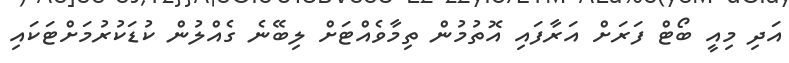
އަދި މިއީ ބޯޓް ފަރަށް އަރާފައި އޮތުމުން ތިމާވެއްޓަށް ލިބޭނެ ގެއްލުން ކުޑަކުރުމަށްޓަކައި